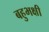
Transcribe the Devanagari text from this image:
बहुभक्षी